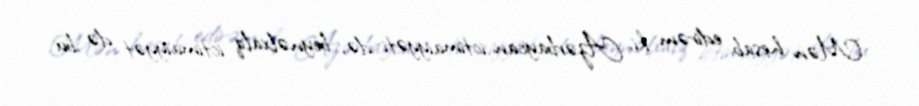
Mən hesab edirəm ki, Azərbaycan ictimaiyyəti də, beynəlxalq ictimaiyyət də bu